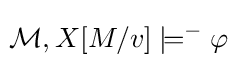
\!{\mathcal {M}},X[M/v]\models ^{-}\varphi